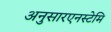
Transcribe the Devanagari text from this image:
अनुसारएनस्टेमि